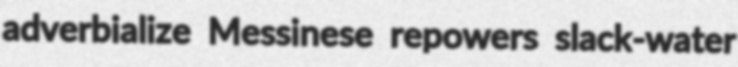
adverbialize Messinese repowers slack-water